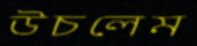
উচলেম